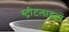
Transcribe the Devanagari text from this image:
स्‍ट्रीटलाइटों